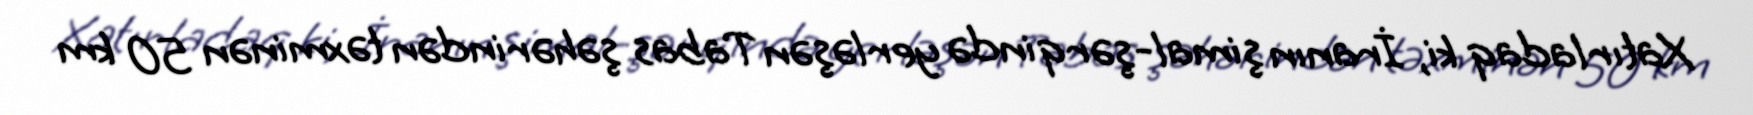
Xatırladaq ki, İranın şimal-şərqində yerləşən Tabas şəhərindən təxminən 50 km